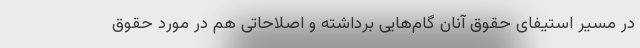
در مسیر استیفای حقوق آنان گام‌هایی برداشته و اصلاحاتی هم در مورد حقوق